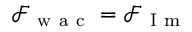
\mathcal { F } _ { \mathrm { ~ w ~ a ~ c ~ } } = \mathcal { F } _ { \mathrm { ~ I ~ m ~ } }